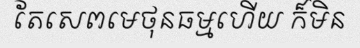
តែសេពមេថុនធម្មហើយ ក៏មិន